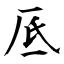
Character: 厎